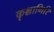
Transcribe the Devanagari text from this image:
कृश्नागिरि